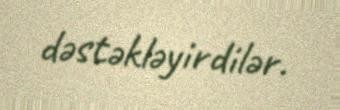
dəstəkləyirdilər.